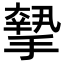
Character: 𢴷